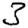
Digit: 3